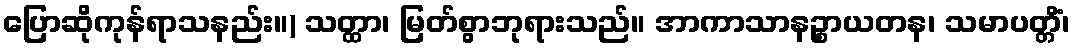
ပြောဆိုကုန်ရာသနည်း။) သတ္ထာ၊ မြတ်စွာဘုရားသည်။ အာကာသာနဉ္စာယတန၊ သမာပတ္တိံ၊